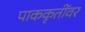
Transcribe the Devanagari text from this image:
पाककृतींवर